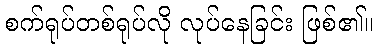
စက်ရုပ်တစ်ရုပ်လို လုပ်နေခြင်း ဖြစ်၏။